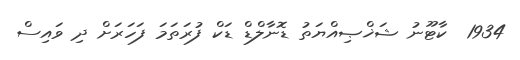
1934  ކާޓޫނު ޝަޚްޞިއްޔަތު ޑޮނާލްޑް ޑަކް ފުރަތަމަ ފަހަރަށް ދި ވައިސް